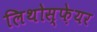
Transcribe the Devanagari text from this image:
लिथोस्फ़ेयर